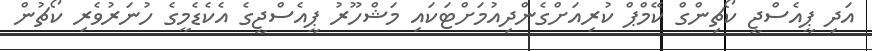
އަދި ޕީއެސްޖީ ކޯޗިންގް ކޭމްޕް ކުރިއަށްގެންދިއުމަށްޓަކައި މަޝްހޫރު ޕީއެސްޖީގެ އެކެޑެމީގެ ހުނަރުވެރި ކޯޗުން